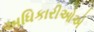
અધિકારીઓએ